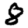
Digit: 8